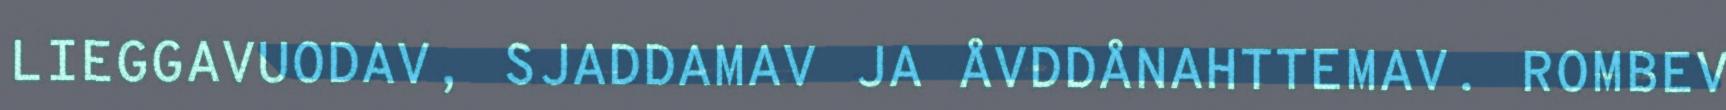
LIEGGAVUODAV, SJADDAMAV JA ÅVDDÅNAHTTEMAV. ROMBEV